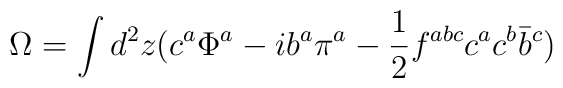
\Omega = \int d^2 z(c^a\Phi^a-ib^a \pi^a -\frac{1}{2} f^{abc}c^a c^b \bar b^c)